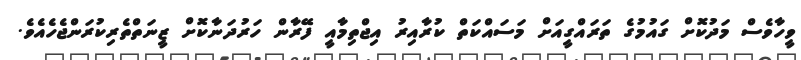
ވީހާވެސް މަދުކޮށް ގައުމުގެ ތަރައްގީއަށް މަސައްކަތް ކުރާއިރު އިޖްތިމާއީ ފޭރާން ހަރުދަނާކޮށް ޒީނަތްތެރިކުރަންޖެހެއެވެ.